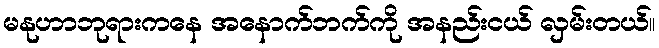
မနုဟာဘုရားကနေ အနောက်ဘက်ကို အနည်းငယ် လှမ်းတယ်။